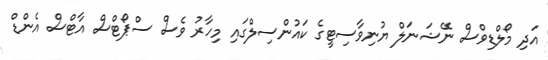
އަދި މޯލްޑިވްސް ނޭޝަނަލް ޔުނިވާސިޓީގެ ކައުންސިލްގައި މިހާރު ވެސް ސްޕޯޓްސް އާޓްސް އެންޑް